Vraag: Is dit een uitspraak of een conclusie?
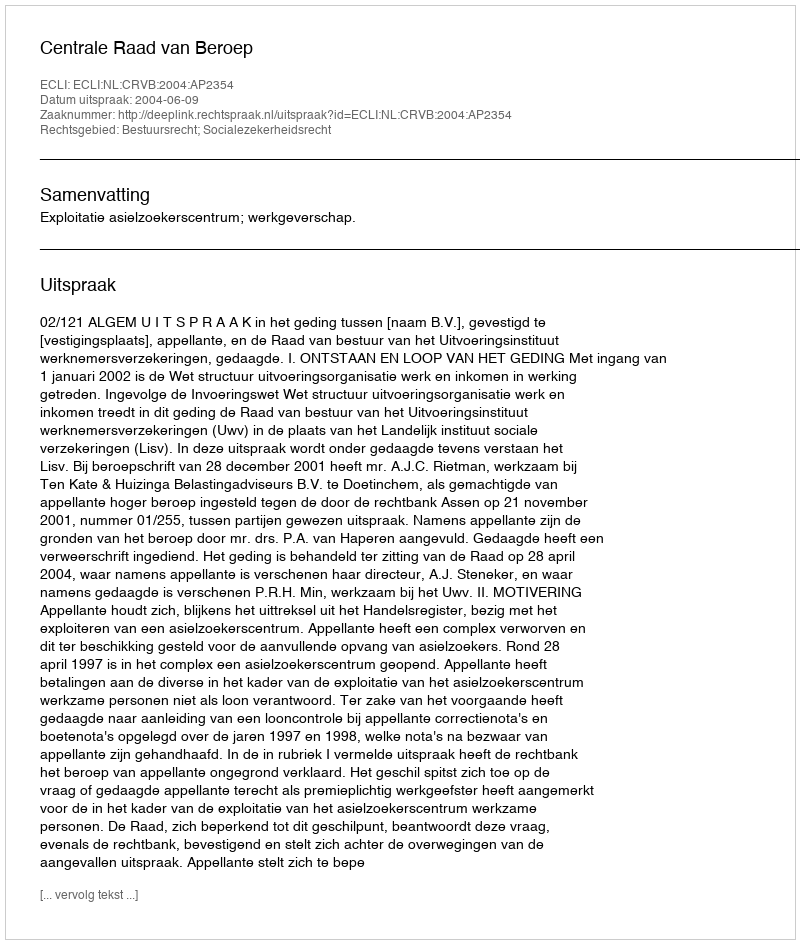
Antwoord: Uitspraak